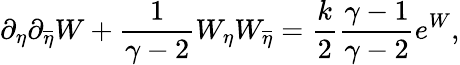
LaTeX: \partial_{\eta}\partial_{\overline{{{\eta}}}}W+{\frac{1}{\gamma-2}}W_{\eta}W_{\overline{{{\eta}}}}={\frac{k}{2}}{\frac{\gamma-1}{\gamma-2}}e^{W},